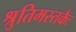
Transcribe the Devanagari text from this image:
श्रुतिमस्तकैः